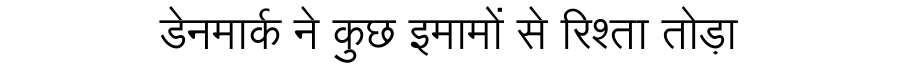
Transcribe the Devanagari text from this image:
डेनमार्क ने कुछ इमामों से रिश्ता तोड़ा